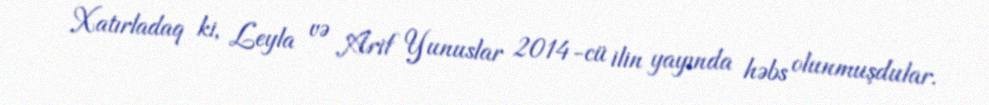
Xatırladaq ki, Leyla və Arif Yunuslar 2014-cü ilin yayında həbs olunmuşdular.